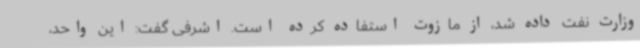
وزارت نفت داده شد، از مازوت استفاده کرده است. اشرفی گفت: این واحد،